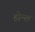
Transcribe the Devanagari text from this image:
होन्श